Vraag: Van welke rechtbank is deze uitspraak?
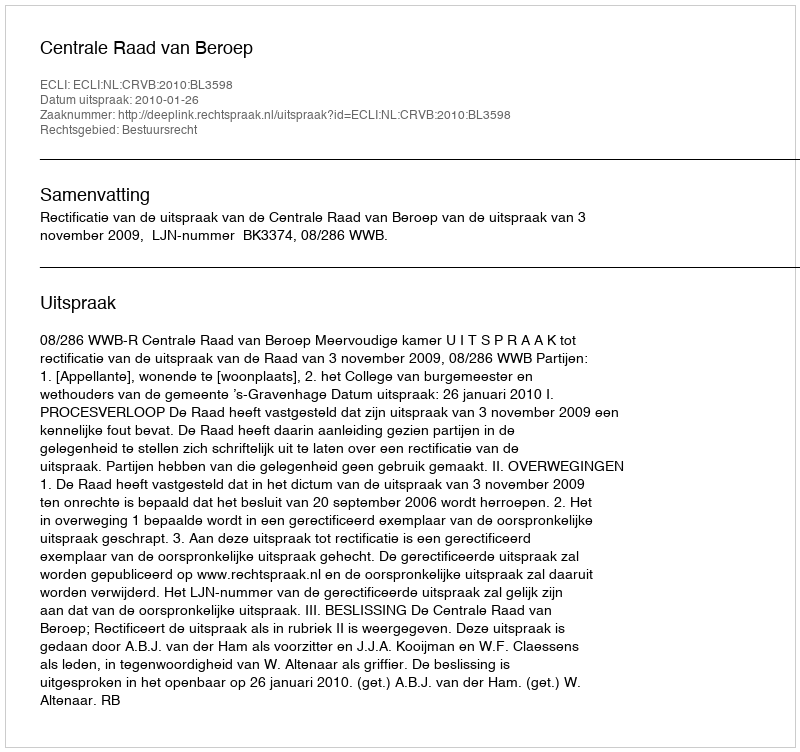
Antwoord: Centrale Raad van Beroep